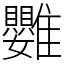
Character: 䨉